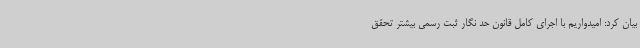
بیان کرد: امیدواریم با اجرای کامل قانون حد نگار ثبت رسمی بیشتر تحقق